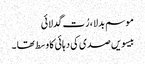
موسم بدلا ، رُت گدلائی
بیسویں صدی کی دہائی کا وسط تھا ۔